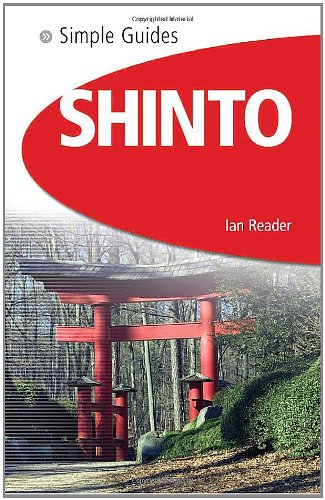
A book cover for Shinto - Simple Guides; Ian Reader; Religion & Spirituality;